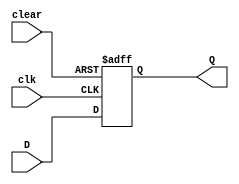
module d_ff_async_clear (
    input D,
    input clear,
    input clk,
    output reg Q
);

always @(posedge clk or posedge clear) begin
    if (clear)
        Q <= 1'b0;  // asynchronously reset when clear is asserted
    else
        Q <= D;  // transfer data on rising edge of clock signal
end

endmodule